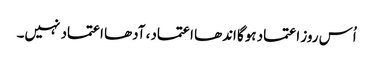
اُس روز اعتماد ہوگا اندھا اعتماد، آدھا اعتماد نہیں۔